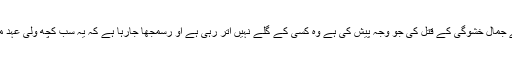
تاہم دوہفتے کی تاخیر کے بعد سعودی عرب نے جمال خشوگی کے قتل کی جو وجہ پیش کی ہے وہ کسی کے گلے نہیں اتر رہی ہے او رسمجھا جارہا ہے کہ یہ سب کچھ ولی عہد محمدبن سلمان کو بچانے کے لئے کیاجارہا ہے ۔